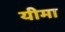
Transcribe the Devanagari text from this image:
यीमा